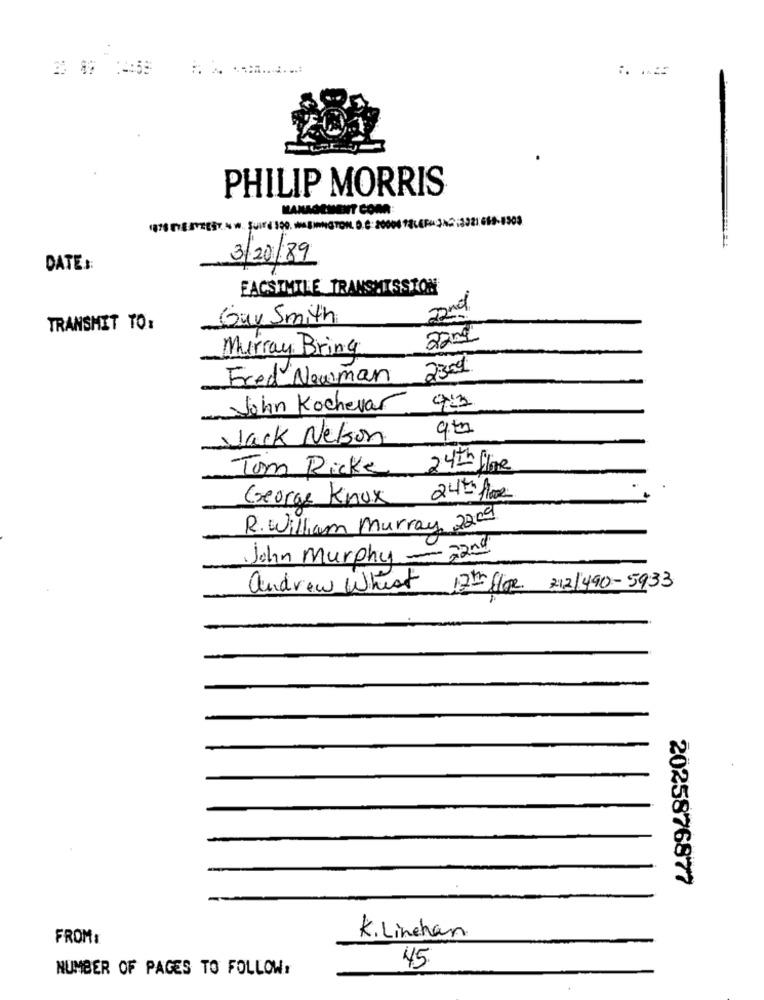
PHILIP MORRIS
MANAGEMENT COM:
3/20/89
DATE ::
FACSIMILE TRANSMISSION
2nd
Guy Smith
TRANSMIT TO:
22mg
Murray Bring
2359
Fred Newman
9:3
- John Kochevar
Jack Nelson
24th fine
Tom Ricke
24h /00
George Knox
R. William Murray 2209
John Murphy - 22nd
andrew Wheat
17th glige 212/490-5933
2025876877
FROM:
K. Linehan
45
NUMBER OF PAGES TO FOLLOW: